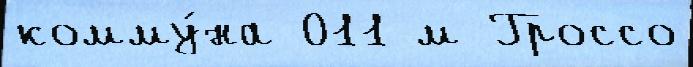
комму́на 011 м Гроссо